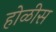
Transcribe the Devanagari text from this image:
होळीस